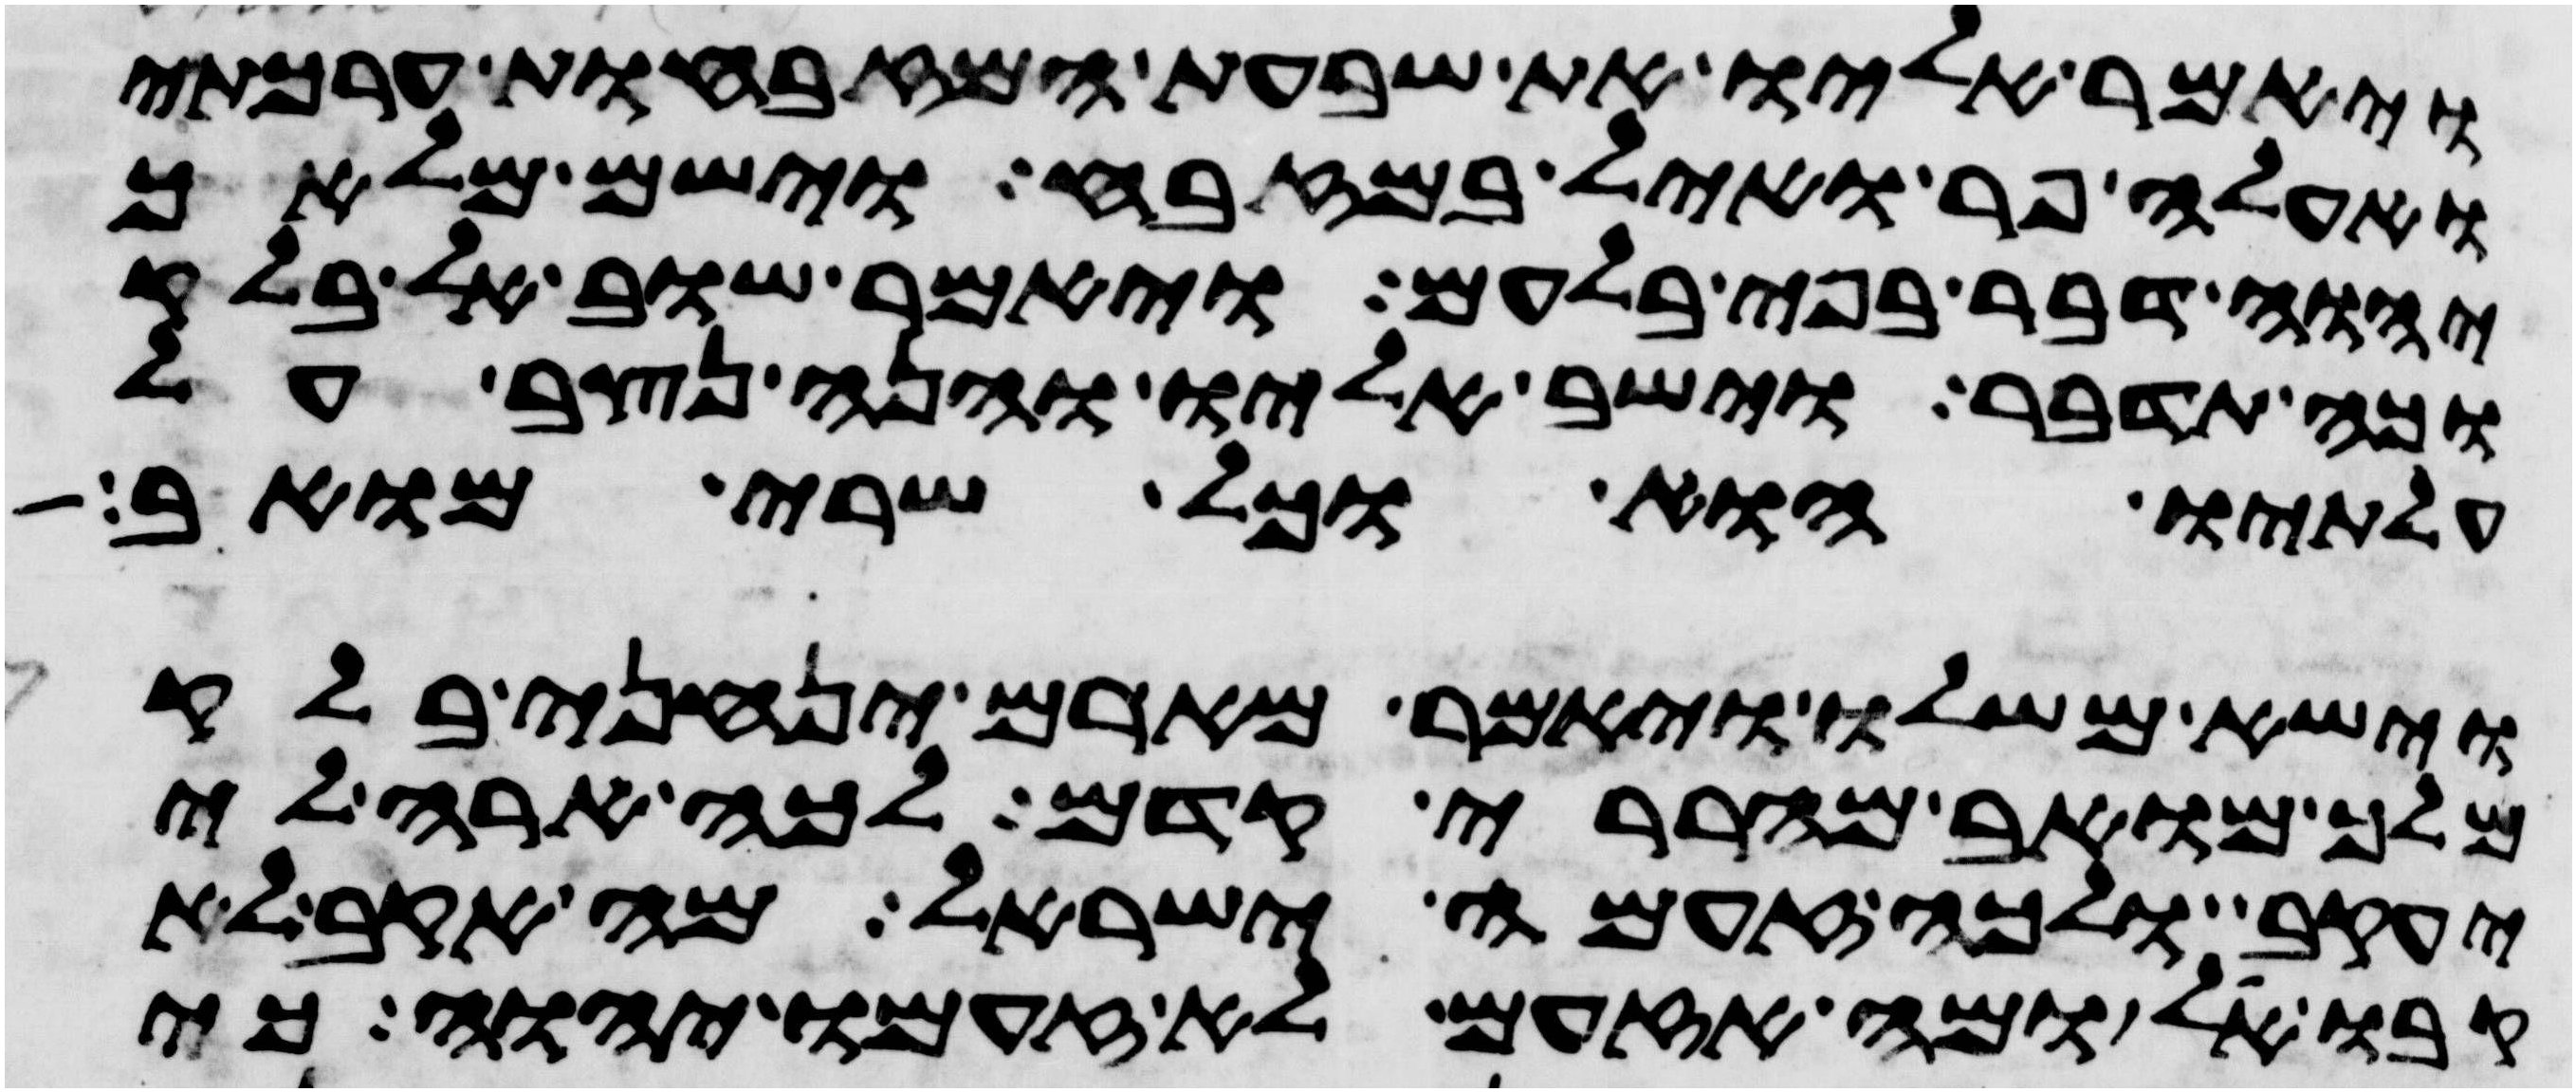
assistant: ויאמר אליו את שבעת המזבחות ערכתי
ואעלה פר ואיל במזבח וישם מלאך
יהוה דבר בפי בלעם ויאמר שוב אל בלק
וכה תדבר וישב אליו והנה נצב על
עלתיו הוא וכל שרי מואב
וישא משלו ויאמר מארם ינחני בלק
מלך מואב מהררי קדם לכה ארה לי
יעקב ולכה זעמה ישראל מה אקב לא
קבו אל ומה אזעם לא זעם יהוה כי